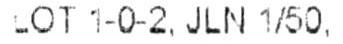
LOT 1-0-2, JLN 1/50.